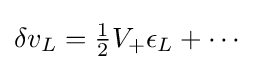
\delta v_{L}={\tfrac {1}{2}}V_{+}\epsilon _{L}+\cdots